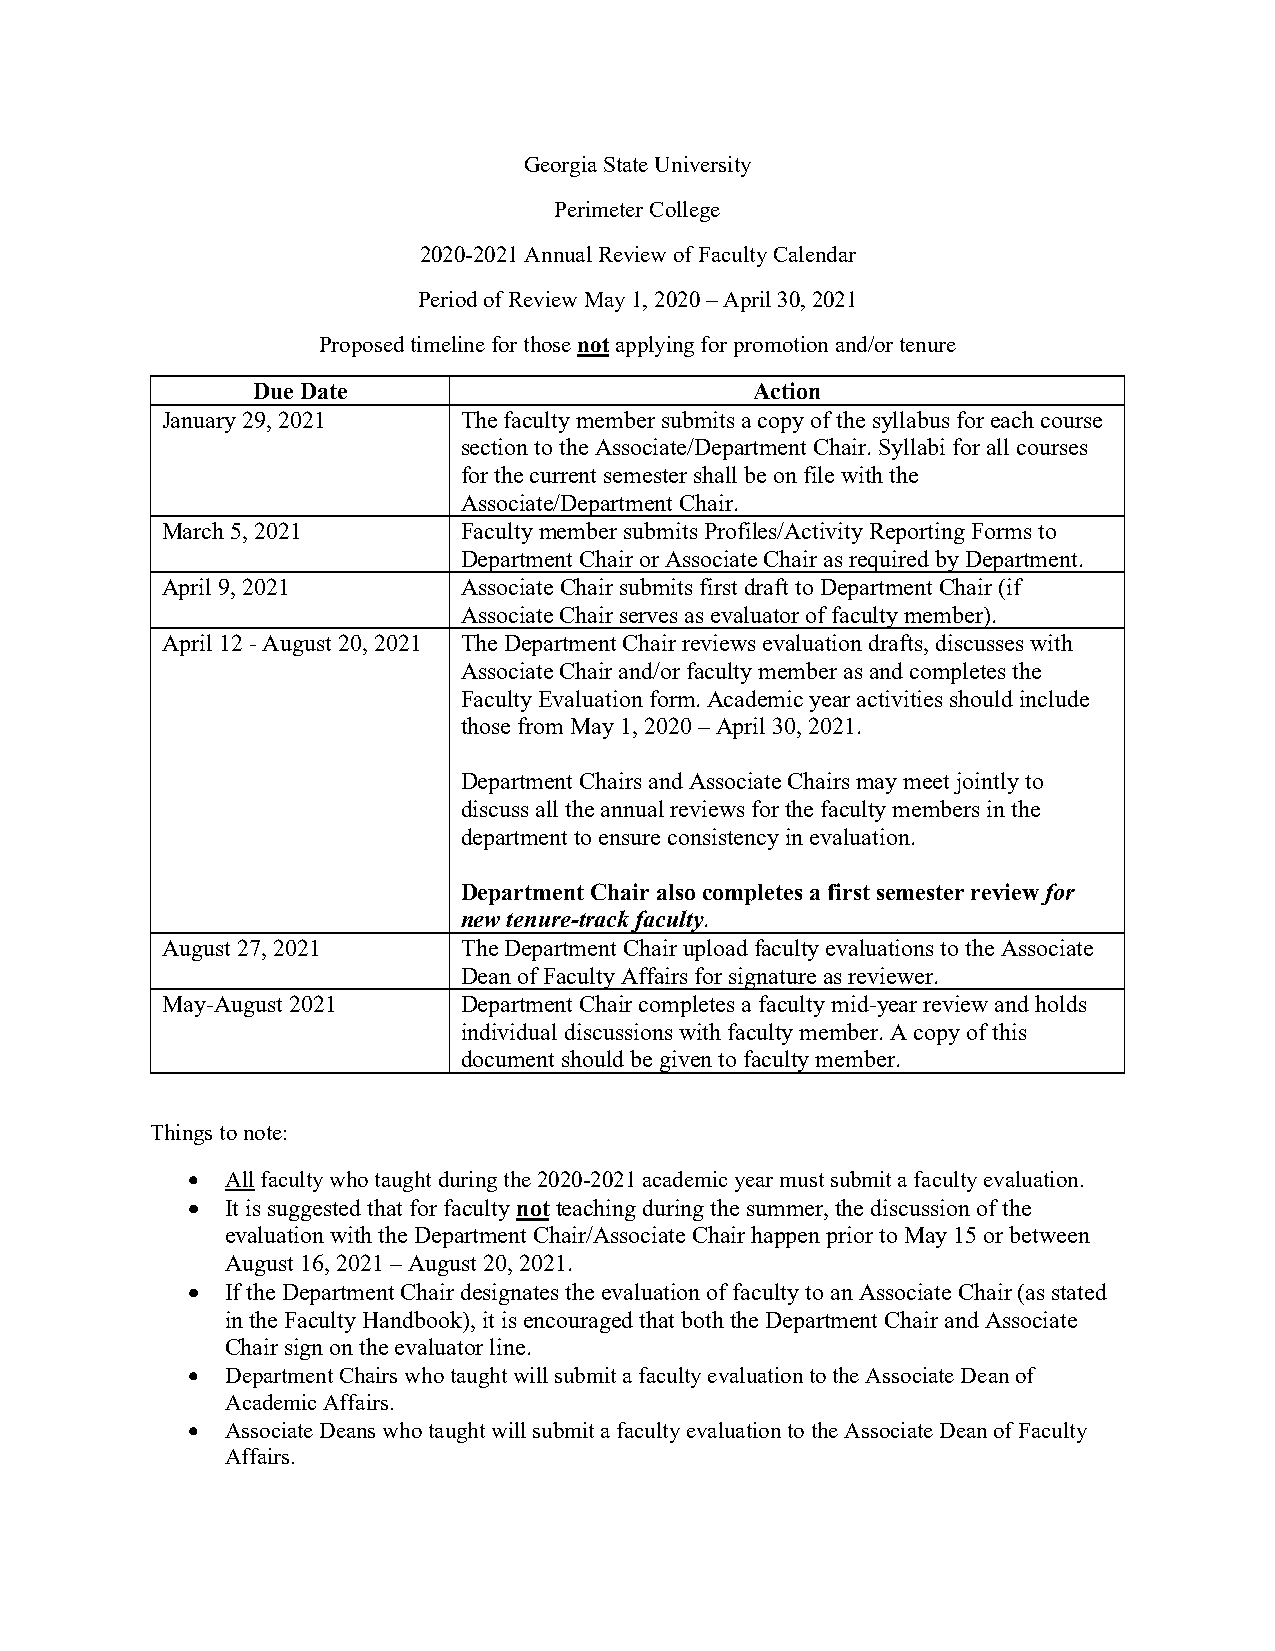
Georgia State University
 Perimeter College
 2020-2021 Annual Review of Faculty Calendar
 Period of Review May 1, 2020 – April 30, 2021
 Proposed timeline for those not applying for promotion and/or tenure
 Due Date                         Action
 January 29, 2021    The faculty member submits a copy of the syllabus for each course
 section to the Associate/Department Chair. Syllabi for all courses
 for the current semester shall be on file with the
 Associate/Department Chair.
 March 5, 2021       Faculty member submits Profiles/Activity Reporting Forms to
 Department Chair or Associate Chair as required by Department.
 April 9, 2021       Associate Chair submits first draft to Department Chair (if
 Associate Chair serves as evaluator of faculty member).
 April 12 - August 20, 2021 The Department Chair reviews evaluation drafts, discusses with
 Associate Chair and/or faculty member as and completes the
 Faculty Evaluation form. Academic year activities should include
 those from May 1, 2020 – April 30, 2021.
 Department Chairs and Associate Chairs may meet jointly to
 discuss all the annual reviews for the faculty members in the
 department to ensure consistency in evaluation.
 Department Chair also completes a first semester review for
 new tenure-track faculty.
 August 27, 2021     The Department Chair upload faculty evaluations to the Associate
 Dean of Faculty Affairs for signature as reviewer.
 May-August 2021     Department Chair completes a faculty mid-year review and holds
 individual discussions with faculty member. A copy of this
 document should be given to faculty member.
 Things to note:
 •  All faculty who taught during the 2020-2021 academic year must submit a faculty evaluation.
 •  It is suggested that for faculty not teaching during the summer, the discussion of the
 evaluation with the Department Chair/Associate Chair happen prior to May 15 or between
 August 16, 2021 – August 20, 2021.
 •  If the Department Chair designates the evaluation of faculty to an Associate Chair (as stated
 in the Faculty Handbook), it is encouraged that both the Department Chair and Associate
 Chair sign on the evaluator line.
 •  Department Chairs who taught will submit a faculty evaluation to the Associate Dean of
 Academic Affairs.
 •  Associate Deans who taught will submit a faculty evaluation to the Associate Dean of Faculty
 Affairs.